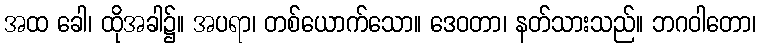
အထ ခေါ၊ ထိုအခါ၌။ အပရာ၊ တစ်ယောက်သော။ ဒေဝတာ၊ နတ်သားသည်။ ဘဂဝါတော၊